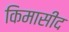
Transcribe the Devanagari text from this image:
किमासीद